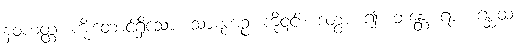
နဝဟတ္ထံ၊ ကိုးတောင်ရှိသော။ သာဋကဉ္စ၊ ကို၎င်း။ ဒတွာ၊ ၍။ ဘန္တေ၊ ရား။ ဂစ္ဆထ၊